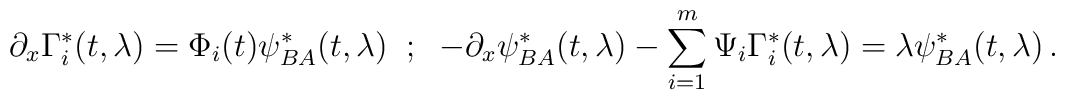
\partial_x \Gamma_i^{*} (t,\lambda) = \Phi_i (t) \psi_{BA}^{*} (t,\lambda)\;\; ; \; \; -\partial_x \psi_{BA}^{*}(t,\lambda) - \sum_{i=1}^{m} \Psi_i \Gamma_i^{*} (t,\lambda) =  \lambda \psi_{BA}^{*} (t,\lambda) \, .